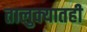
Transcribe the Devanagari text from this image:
तालुक्‍यातही